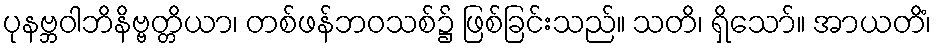
ပုနဗ္ဘဝါဘိနိဗ္ဗတ္တိယာ၊ တစ်ဖန်ဘဝသစ်၌ ဖြစ်ခြင်းသည်။ သတိ၊ ရှိသော်။ အာယတိံ၊